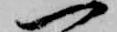
一